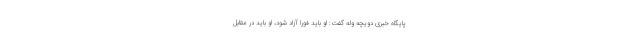
پایگاه خبری دویچه وله گفت: او باید فورا آزاد شود، او باید در مقابل